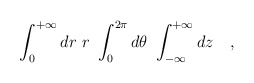
\begin{align*}\int_0^{+\infty}dr\ r\ \int_0^{2\pi}d\theta\ \int_{-\infty}^{+\infty}dz\ \ \ ,\end{align*}